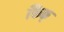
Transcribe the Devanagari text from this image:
किक्